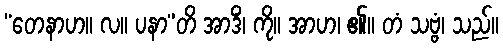
“တေနာဟ။ လ။ ပနာ”တိ အာဒိံ၊ ကို။ အာဟ၊ ၏။ တံ သဗ္ဗံ၊ သည်။